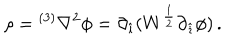
LaTeX: \rho = { } ^ { ( 3 ) } \nabla ^ { 2 } \phi = \partial _ { \hat { \imath } } ( W ^ { \frac { 1 } { 2 } } \partial _ { \hat { \imath } } \phi ) \, .